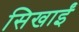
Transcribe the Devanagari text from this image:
सिखाईं